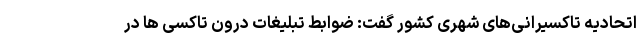
اتحادیه تاکسیرانی‌های شهری کشور گفت: ضوابط تبلیغات درون تاکسی ها در